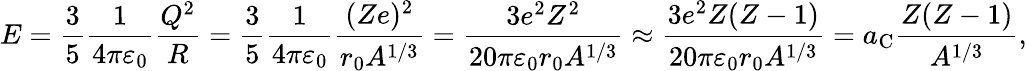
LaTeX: E={\frac{3}{5}}{\frac{1}{4\pi\varepsilon_{0}}}{\frac{Q^{2}}{R}}={\frac{3}{5}}{\frac{1}{4\pi\varepsilon_{0}}}{\frac{(Ze)^{2}}{r_{0}A^{1/3}}}={\frac{3e^{2}Z^{2}}{20\pi\varepsilon_{0}r_{0}A^{1/3}}}\approx{\frac{3e^{2}Z(Z-1)}{20\pi\varepsilon_{0}r_{0}A^{1/3}}}=a_{\mathrm{C}}{\frac{Z(Z-1)}{A^{1/3}}},